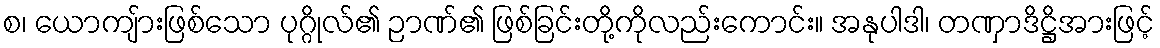
စ၊ ယောကျ်ားဖြစ်သော ပုဂ္ဂိုလ်၏ ဉာဏ်၏ ဖြစ်ခြင်းတို့ကိုလည်းကောင်း။ အနုပါဒါ၊ တဏှာဒိဋ္ဌိအားဖြင့်